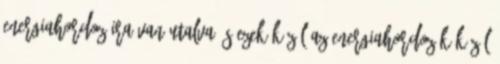
energiahordozóira van utalva, s ezek közül az energiahordozók közül